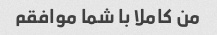
من کاملا با شما موافقم